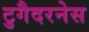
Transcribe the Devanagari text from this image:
टुगैदरनेस